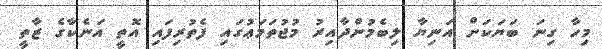
މިހާ ގިނަ ބަޔަކަށް އަނިޔާ ލިބެމުންދާއިރު މުޖުތަމަޢުގައި ފެތުރިފައި އޮތީ އަނެކާގެ ޒާތީ